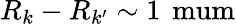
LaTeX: R_{k}-R_{k^{\prime}}\sim 1\, \mathrm{\ mum}